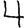
Digit: 4